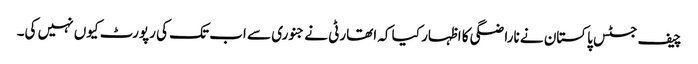
چیف جسٹس پاکستان نے ناراضگی کا اظہار کیا کہ اتھارٹی نے جنوری سے اب تک کی رپورٹ کیوں نہیں کی۔